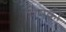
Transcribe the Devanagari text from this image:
तिनकी